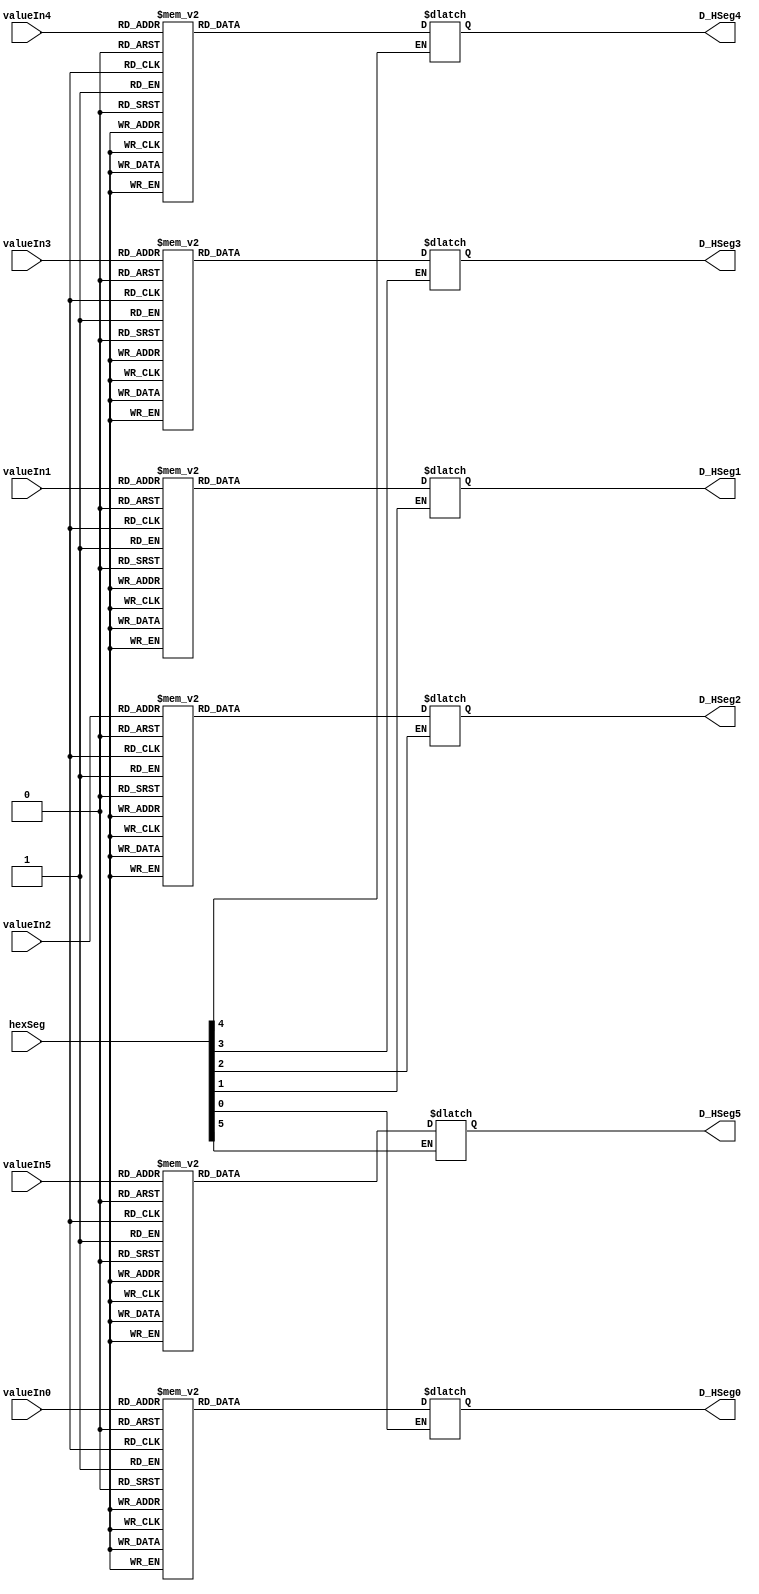
/*
	7 Segment Display
	--------------------
	converting numbers to on the 7 segment display values.
	
	--------------------
	hexSeg: input to decide which segment to display on
	valueIn: Value to be displayed on the segment
	D_HSeg: Outputs the LED segments to be high to display value
*/

module DisplaySegment(
	input [5:0] hexSeg,			// HEX enable 
	input [3:0] valueIn0, valueIn1, valueIn2, valueIn3, valueIn4, valueIn5, 	// value to be displayed on the 7-segment
	output reg [6:0] D_HSeg0, D_HSeg1, D_HSeg2, D_HSeg3, D_HSeg4, D_HSeg5	//  active high values as o/p to HEX0-5
	
	); 

integer i;

// HEX0
always @*
begin
	if (hexSeg[0] == 1) begin
		case (valueIn0)
			4'b0001: D_HSeg0 =~7'b0110000;	// 1
			4'b0000: D_HSeg0 =~7'b1111110;	// 0
			4'b0010: D_HSeg0 =~7'b1101101;	// 2
			4'b0011: D_HSeg0 =~7'b1111001;	// 3
			4'b0100: D_HSeg0 =~7'b0110011;	// 4
			4'b0101: D_HSeg0 =~7'b1011011;	// 5
			4'b0110: D_HSeg0 =~7'b1011111;	// 6
			4'b0111: D_HSeg0 =~7'b1110000;	// 7
			4'b1000: D_HSeg0 =~7'b1111111;	// 8
			4'b1001: D_HSeg0 =~7'b1111011;	// 9
			default: D_HSeg0 =~7'b0000000;	// blank
		endcase
	end
end

// HEX1
always @*
begin
	if (hexSeg[1] == 1) begin
		case (valueIn1)
			4'b0001: D_HSeg1 =~7'b0110000;	// 1
			4'b0000: D_HSeg1 =~7'b1111110;	// 0
			4'b0010: D_HSeg1 =~7'b1101101;	// 2
			4'b0011: D_HSeg1 =~7'b1111001;	// 3
			4'b0100: D_HSeg1 =~7'b0110011;	// 4
			4'b0101: D_HSeg1 =~7'b1011011;	// 5
			4'b0110: D_HSeg1 =~7'b1011111;	// 6
			4'b0111: D_HSeg1 =~7'b1110000;	// 7
			4'b1000: D_HSeg1 =~7'b1111111;	// 8
			4'b1001: D_HSeg1 =~7'b1111011;	// 9
			default: D_HSeg1 =~7'b0000000;	// blank
		endcase
	end
end

//HEX2
always @*
begin
	if (hexSeg[2] == 1) begin
		case (valueIn2)
			4'b0001: D_HSeg2 =~7'b0110000;	// 1
			4'b0000: D_HSeg2 =~7'b1111110;	// 0
			4'b0010: D_HSeg2 =~7'b1101101;	// 2
			4'b0011: D_HSeg2 =~7'b1111001;	// 3
			4'b0100: D_HSeg2 =~7'b0110011;	// 4
			4'b0101: D_HSeg2 =~7'b1011011;	// 5
			4'b0110: D_HSeg2 =~7'b1011111;	// 6
			4'b0111: D_HSeg2 =~7'b1110000;	// 7
			4'b1000: D_HSeg2 =~7'b1111111;	// 8
			4'b1001: D_HSeg2 =~7'b1111011;	// 9
			default: D_HSeg2 =~7'b0000000;	// blank
		endcase
	end
end

//HEX3
always @*
begin
	if (hexSeg[3] == 1) begin
		case (valueIn3)
			4'b0001: D_HSeg3 =~7'b0110000;	// 1
			4'b0000: D_HSeg3 =~7'b1111110;	// 0
			4'b0010: D_HSeg3 =~7'b1101101;	// 2
			4'b0011: D_HSeg3 =~7'b1111001;	// 3
			4'b0100: D_HSeg3 =~7'b0110011;	// 4
			4'b0101: D_HSeg3 =~7'b1011011;	// 5
			4'b0110: D_HSeg3 =~7'b1011111;	// 6
			4'b0111: D_HSeg3 =~7'b1110000;	// 7
			4'b1000: D_HSeg3 =~7'b1111111;	// 8
			4'b1001: D_HSeg3 =~7'b1111011;	// 9
			default: D_HSeg3 =~7'b0000000;	// blank
		endcase
	end
end

//HEX4
always @*
begin
	if (hexSeg[4] == 1) begin
		case (valueIn4)
			4'b0001: D_HSeg4 =~7'b0110000;	// 1
			4'b0000: D_HSeg4 =~7'b1111110;	// 0
			4'b0010: D_HSeg4 =~7'b1101101;	// 2
			4'b0011: D_HSeg4 =~7'b1111001;	// 3
			4'b0100: D_HSeg4 =~7'b0110011;	// 4
			4'b0101: D_HSeg4 =~7'b1011011;	// 5
			4'b0110: D_HSeg4 =~7'b1011111;	// 6
			4'b0111: D_HSeg4 =~7'b1110000;	// 7
			4'b1000: D_HSeg4 =~7'b1111111;	// 8
			4'b1001: D_HSeg4 =~7'b1111011;	// 9
			default: D_HSeg4 =~7'b0000000;	// blank
		endcase
	end
end

//HEX5
always @*
begin
	if (hexSeg[5] == 1) begin
		case (valueIn5)
			4'b0001: D_HSeg5 =~7'b0110000;	// 1
			4'b0000: D_HSeg5 =~7'b1111110;	// 0
			4'b0010: D_HSeg5 =~7'b1101101;	// 2
			4'b0011: D_HSeg5 =~7'b1111001;	// 3
			4'b0100: D_HSeg5 =~7'b0110011;	// 4
			4'b0101: D_HSeg5 =~7'b1011011;	// 5
			4'b0110: D_HSeg5 =~7'b1011111;	// 6
			4'b0111: D_HSeg5 =~7'b1110000;	// 7
			4'b1000: D_HSeg5 =~7'b1111111;	// 8
			4'b1001: D_HSeg5 =~7'b1111011;	// 9
			default: D_HSeg5 =~7'b0000000;	// blank
		endcase
	end
end

endmodule